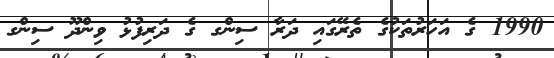
1990 ގެ އަހަރުތަކުގެ ތެރޭގައި ދަރާ ސިންގ ގެ ދަރިފުޅު ވިންދޫ ސިންގ